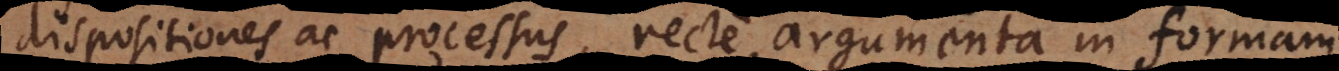
dispositiones ac processus, recte, argumenta in formam